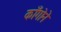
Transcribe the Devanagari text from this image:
काँगोने